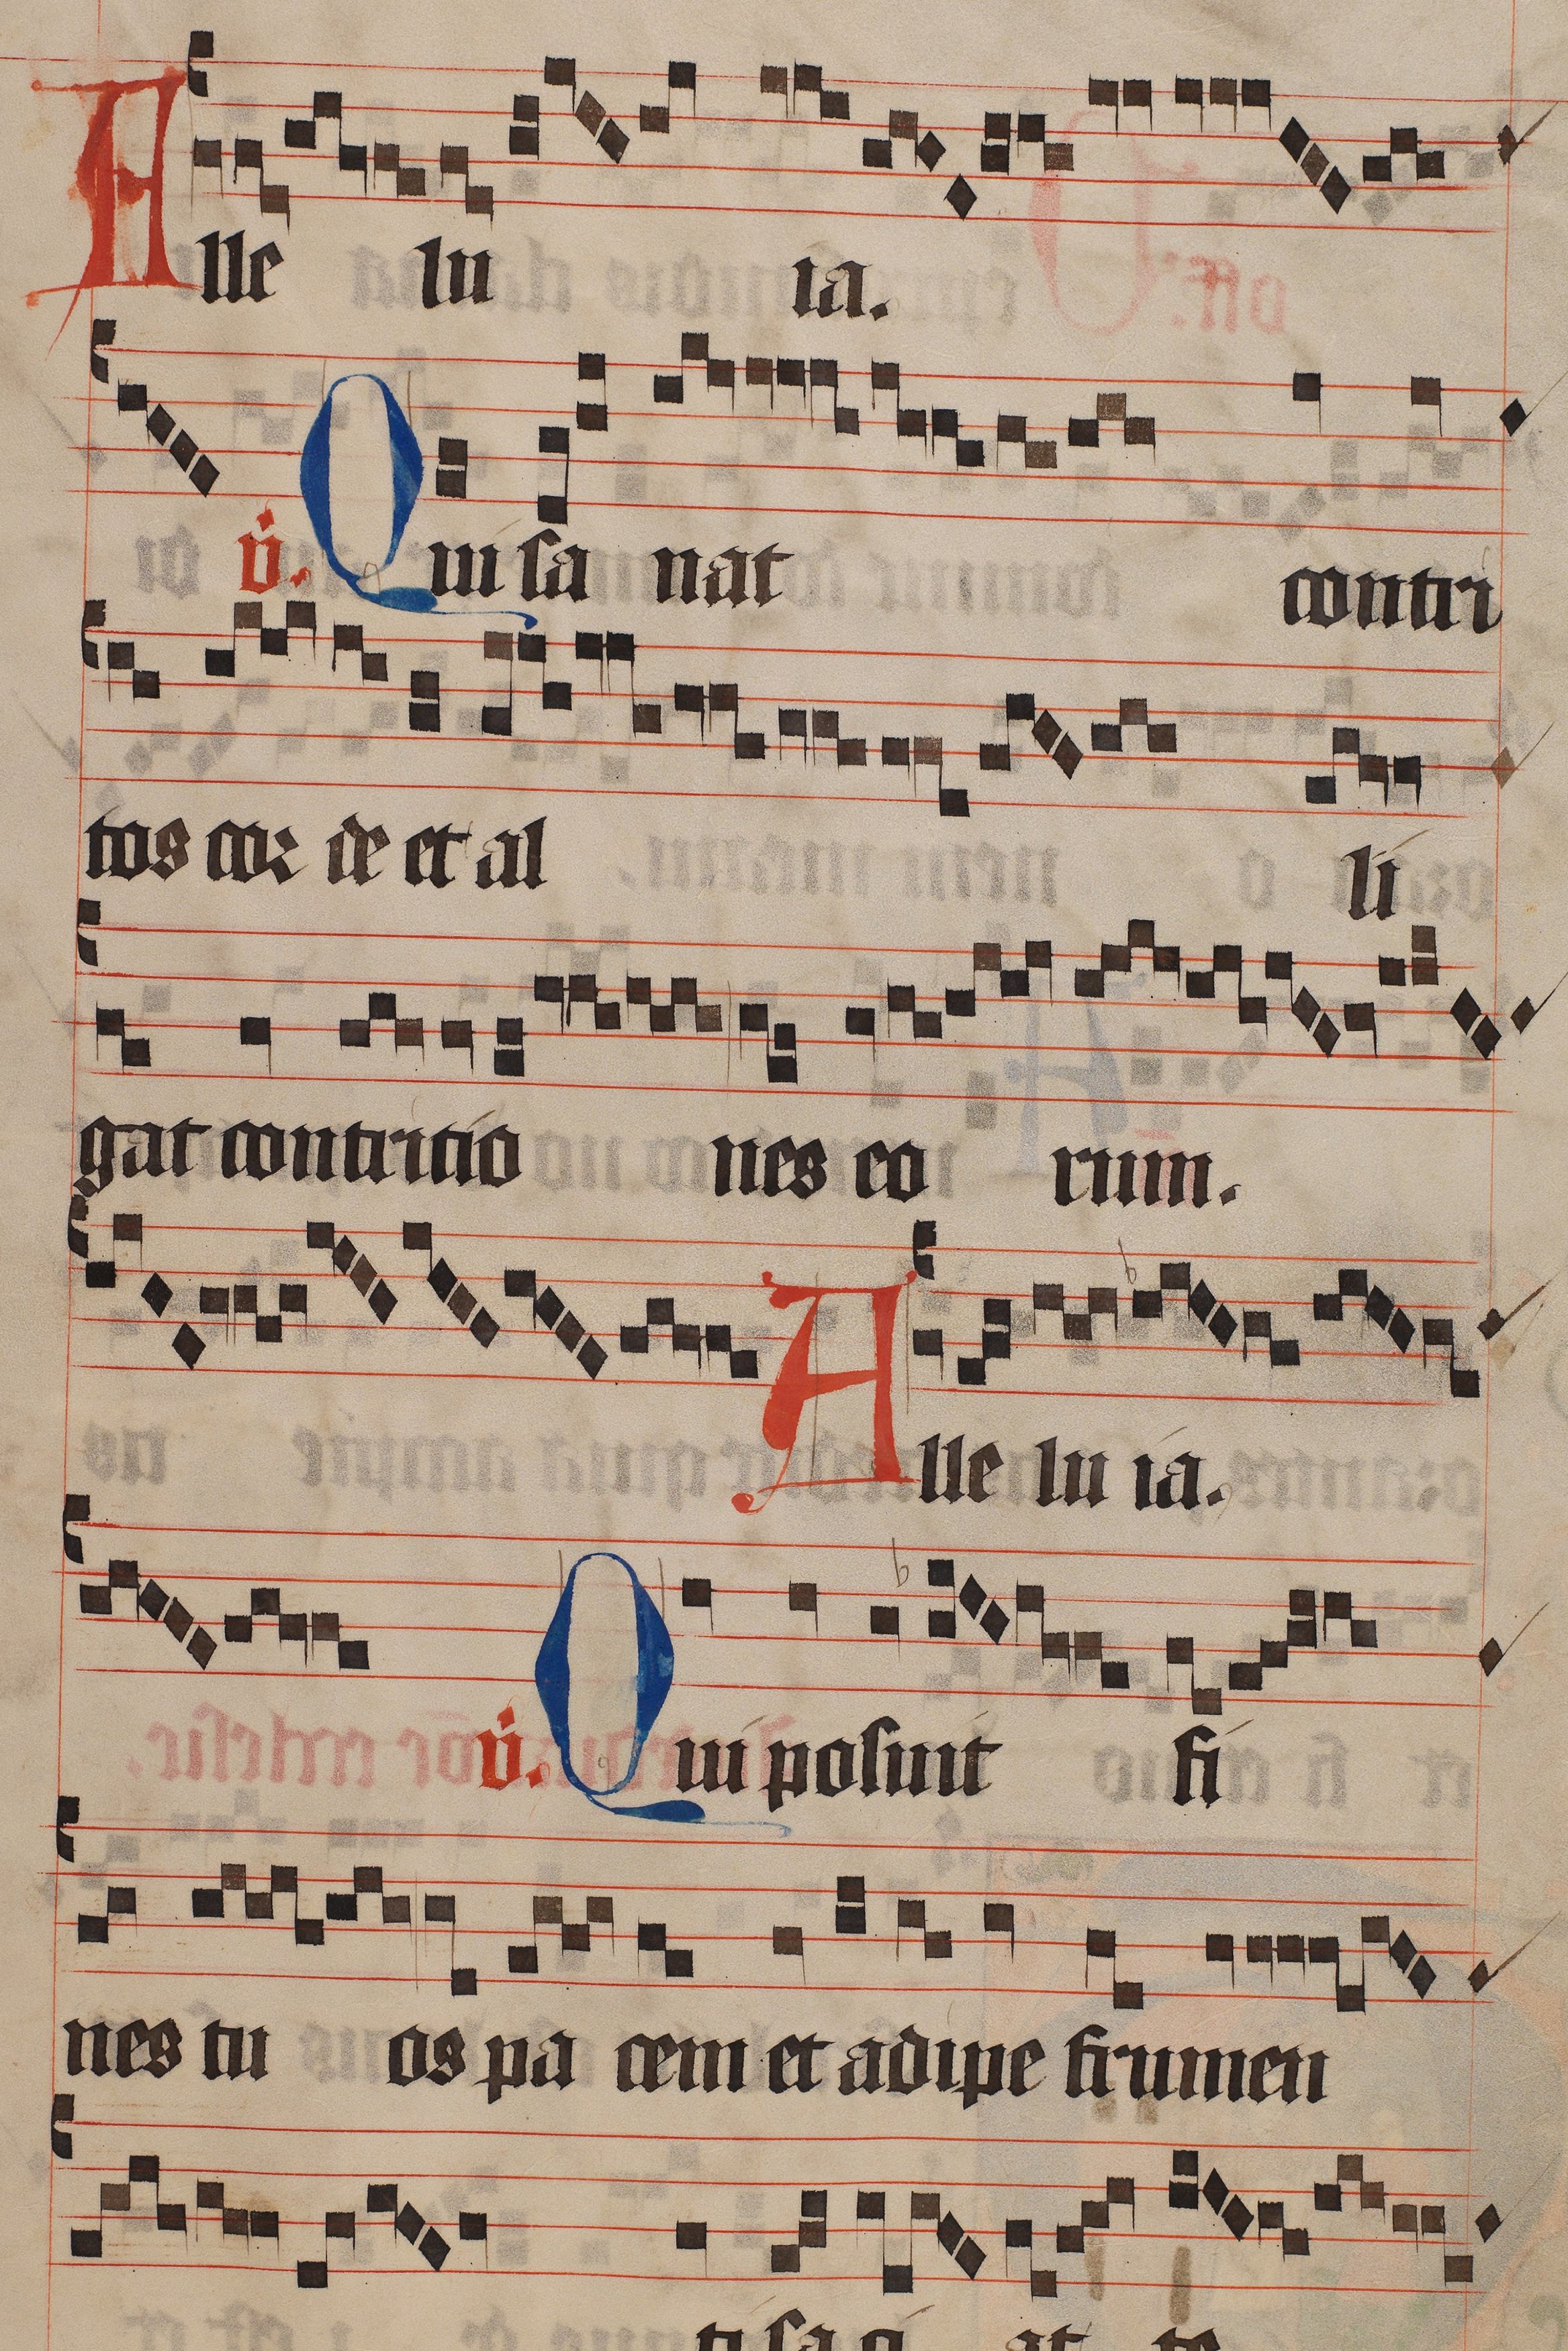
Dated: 1445–1475